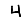
Digit: 4